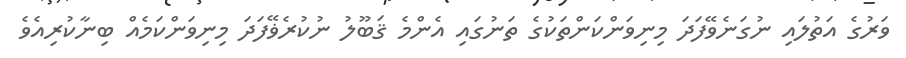
ވަރުގެ އަތުލައި ނުގަނެވޭފަދަ މިނިވަންކަންތަކުގެ ތަނުގައި އެންމެ ޤަބޫލު ނުކުރެޥޭފަދަ މިނިވަންކަމެއް ބިނާކުރިއެވެ